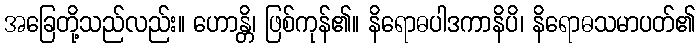
အခြေတို့သည်လည်း။ ဟောန္တိ၊ ဖြစ်ကုန်၏။ နိရောဓပါဒကာနိပိ၊ နိရောဓသမာပတ်၏